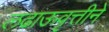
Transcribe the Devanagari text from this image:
लढाऊवृत्तीने